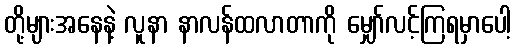
တို့များအနေနဲ့ လူနာ နာလန်ထလာတာကို မျှော်လင့်ကြရမှာပေါ့